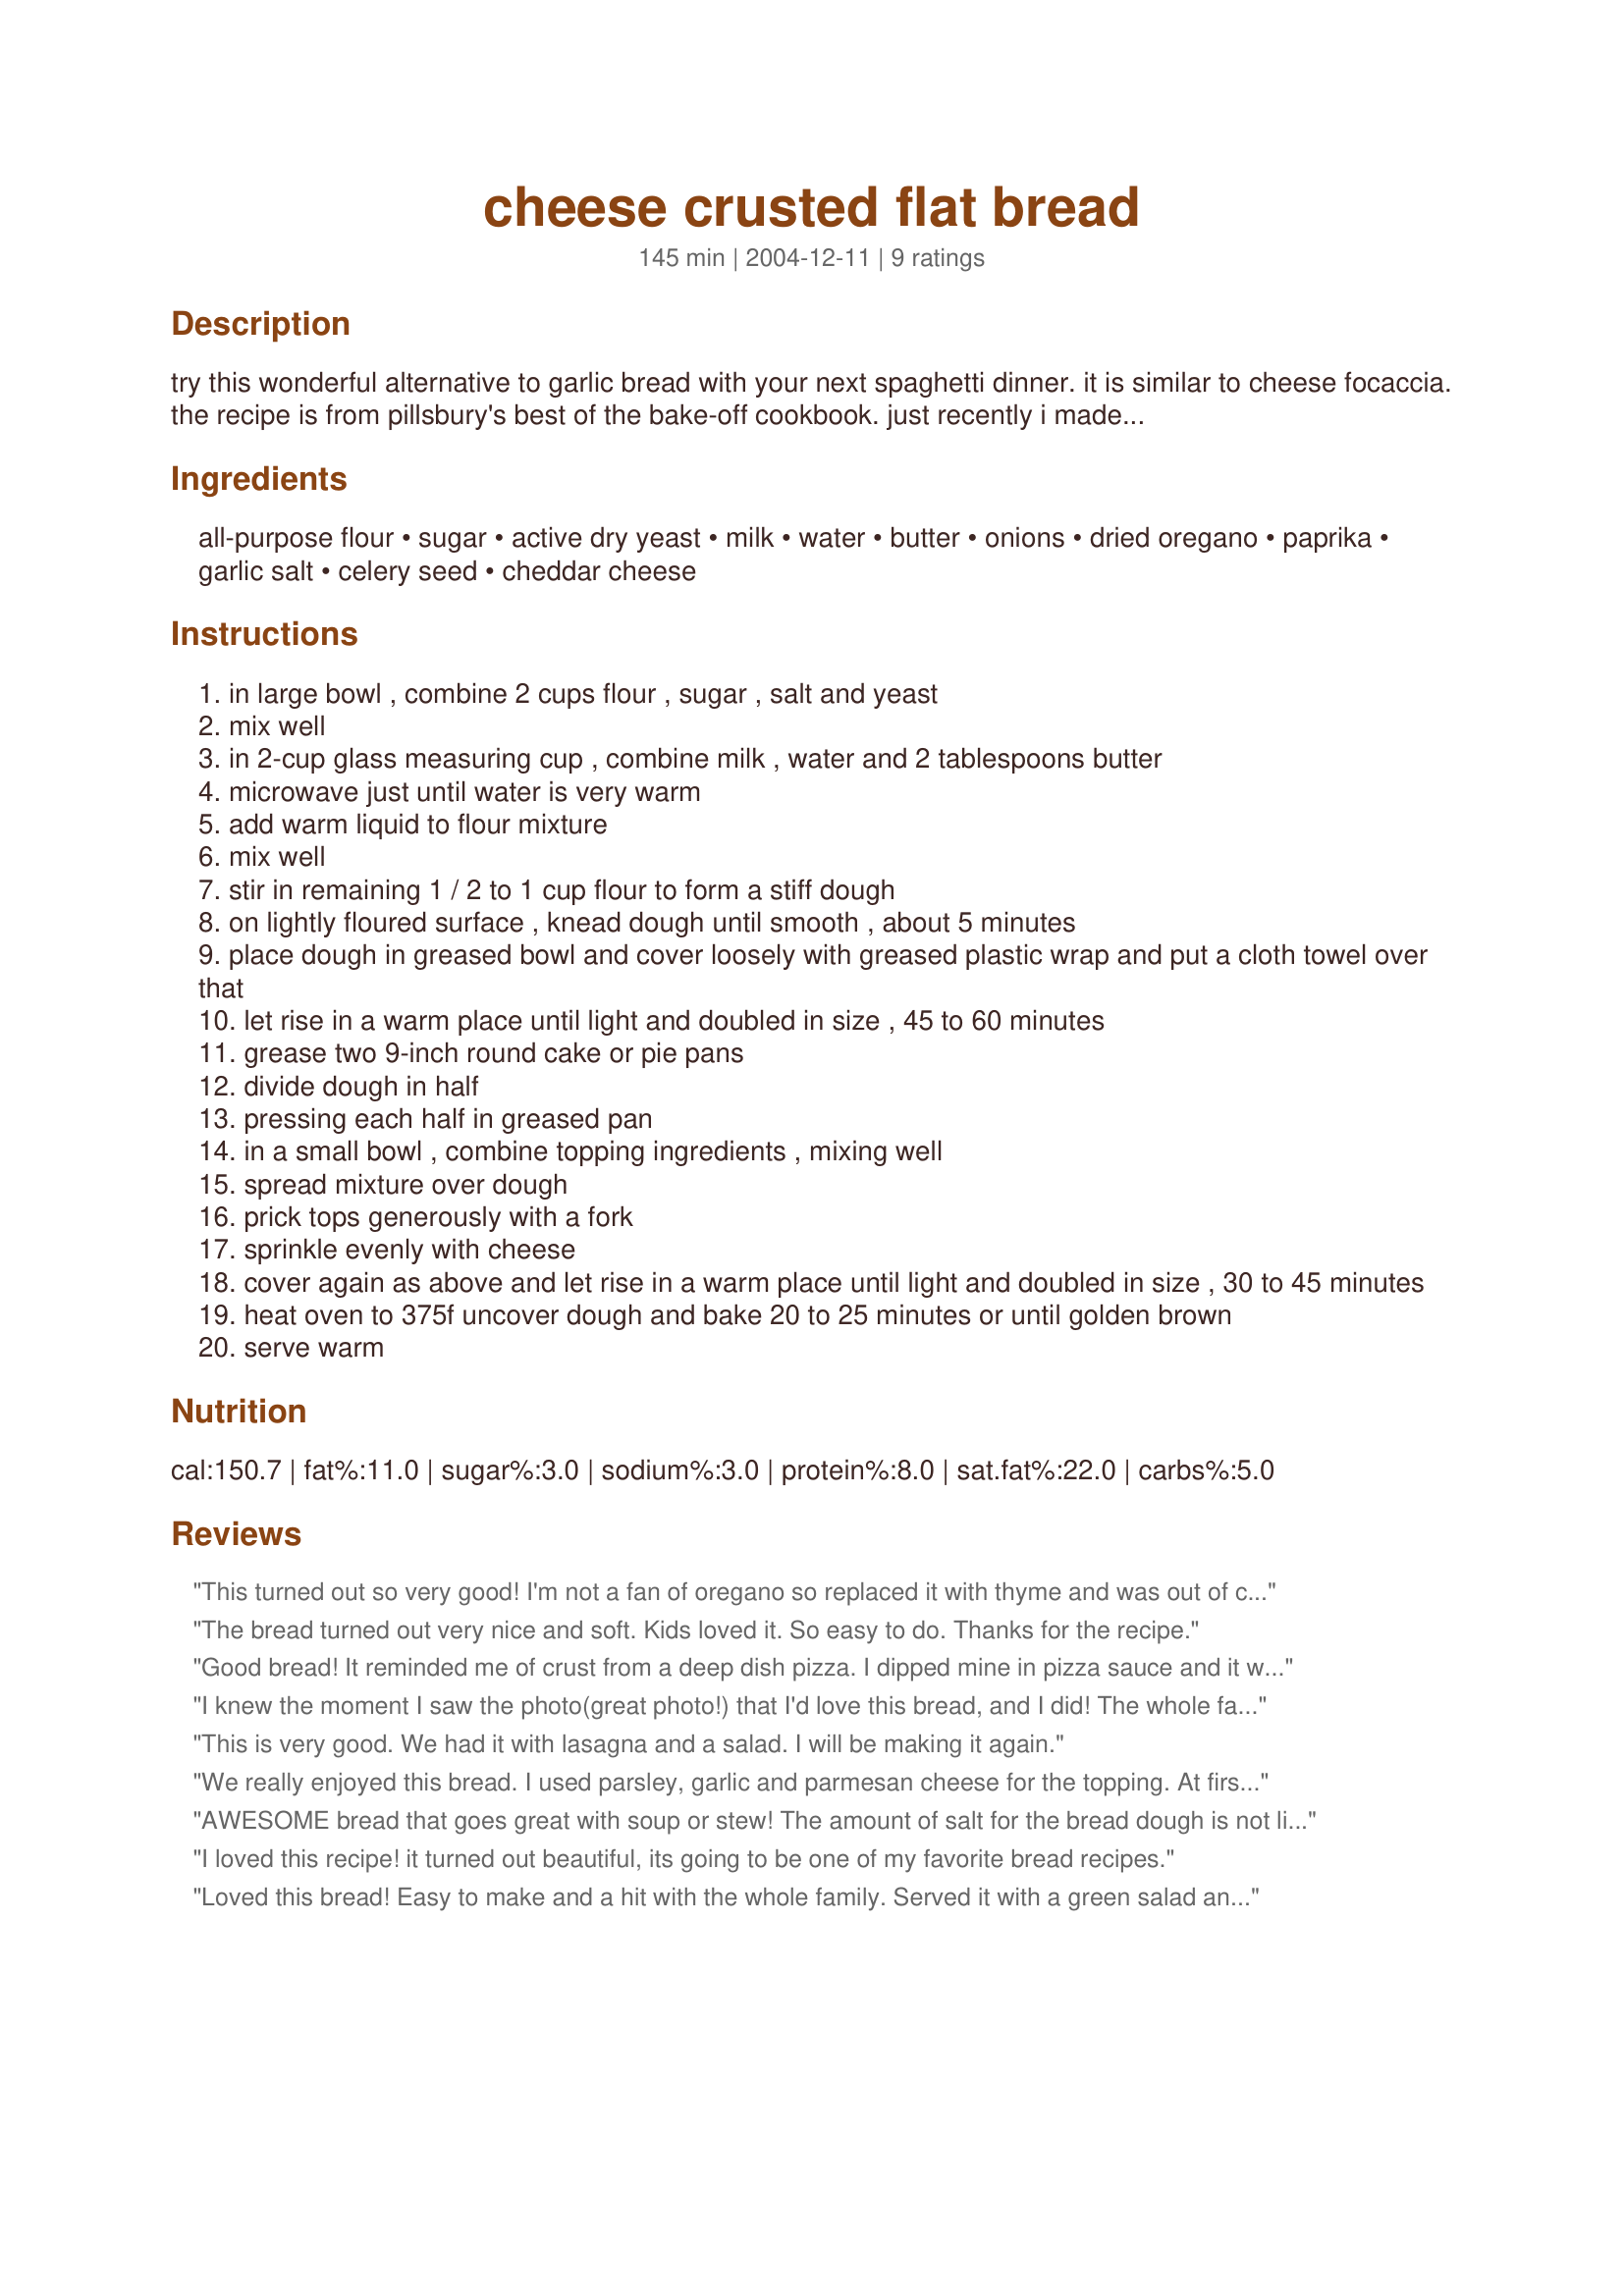
cheese crusted flat bread
Preparation time: 145 minutes

try this wonderful alternative to garlic bread with your next spaghetti dinner. it is similar to cheese focaccia. the recipe is from pillsbury's best of the bake-off cookbook. just recently i made it using the chipotle-herb butter from recipe #63245 and it was awesome too. lots of possiblities if you use your imagination.

Ingredients:
all-purpose flour, sugar, active dry yeast, milk, water, butter, onions, dried oregano, paprika, garlic salt, celery seed, cheddar cheese

Steps:
in large bowl , combine 2 cups flour , sugar , salt and yeast
mix well
in 2-cup glass measuring cup , combine milk , water and 2 tablespoons butter
microwave just until water is very warm
add warm liquid to flour mixture
mix well
stir in remaining 1 / 2 to 1 cup flour to form a stiff dough
on lightly floured surface , knead dough until smooth , about 5 minutes
place dough in greased bowl and cover loosely with greased plastic wrap and put a cloth towel over that
let rise in a warm place until light and doubled in size , 45 to 60 minutes
grease two 9-inch round cake or pie pans
divide dough in half
pressing each half in greased pan
in a small bowl , combine topping ingredients , mixing well
spread mixture over dough
prick tops generously with a fork
sprinkle evenly with cheese
cover again as above and let rise in a warm place until light and doubled in size , 30 to 45 minutes
heat oven to 375f uncover dough and bake 20 to 25 minutes or until golden brown
serve warm

Reviews:
This turned out so very good! I'm not a fan of oregano so replaced it with thyme and was out of cheddar so used mozzarella and it still turned out delicious. I cut one of the loaves up and took it outside to the neighborhood kids all playing out front and they loved it! Plan to try this again with cheddar as soon as I make a trip to the store. Great recipe, we really enjoyed it!
The bread turned out very nice and soft. Kids loved it. So easy to do. Thanks for the recipe.
Good bread! It reminded me of crust from a deep dish pizza. I dipped mine in pizza sauce and it was delicious. Love the flavor of the topping. Thanks for sharing your recipe.
I knew the moment I saw the photo(great photo!) that I'd love this bread, and I did! The whole family enjoyed it.I served it with mushroom barley soup and a green salad. Make sure you pat the dough evenly and prick it. I forgot until it had rose about 20 minutes and it was a little uneven. The onion/butter/spice blend is fabulous tasting. You can count on me making this bread often. Thanks for posting, Sharlene.

Roxygirl in Colo.
This is very good. We had it with lasagna and a salad. I will be making it again.
We really enjoyed this bread. I used parsley, garlic and parmesan cheese for the topping. At first I was a bit concerned because the bread had not risen very much (I usually let my bread rise in the fridge), but I just carefully stretched and shaped it, continued with the topping and it came out wonderfully. Thanks so much.
AWESOME bread that goes great with soup or stew! The amount of salt for the bread dough is not listed, so I used 1/2 teaspoon. The topping is really yummy. I tweaked the seasoning amounts and used a mix of mozzarella and cheddar cheeses. Next time DH would like me to include sliced jalapenos with the melted cheeses. Another reviewer suggests dipping the bread in pizza sauce. What a great idea! With lots of room for creativity, I can tell already that I'll be making this recipe often. Thanks so much for sharing it!
I loved this recipe! it turned out beautiful, its going to be one of my favorite bread recipes.
Loved this bread! Easy to make and a hit with the whole family. Served it with a green salad and lemon dressing.
